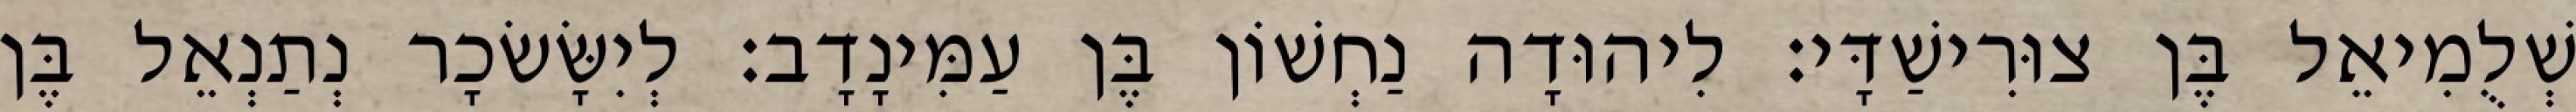
שְׁלֻמִיאֵל בֶּן צוּרִישַׁדָּי׃ לִיהוּדָה נַחְשׁוֹן בֶּן עַמִּינָדָב׃ לְיִשָּׂשׂכָר נְתַנְאֵל בֶּן